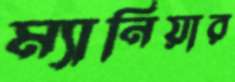
ম্যানিয়ার